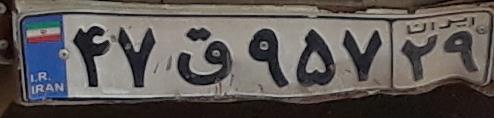
۴۷ق۹۵۷۲۹